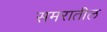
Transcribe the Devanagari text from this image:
समरातील